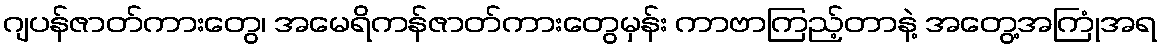
ဂျပန်ဇာတ်ကားတွေ၊ အမေရိကန်ဇာတ်ကားတွေမှန်း ကာဗာကြည့်တာနဲ့ အတွေ့အကြုံအရ